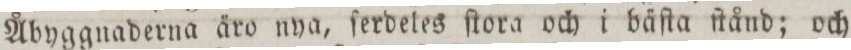
Åbyggnaderna äro nya, ſerdeles ſtora och i bäſta ſtånd; och